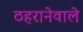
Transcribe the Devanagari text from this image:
ठहरानेवाले